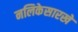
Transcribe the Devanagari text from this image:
नलिकेसारखे